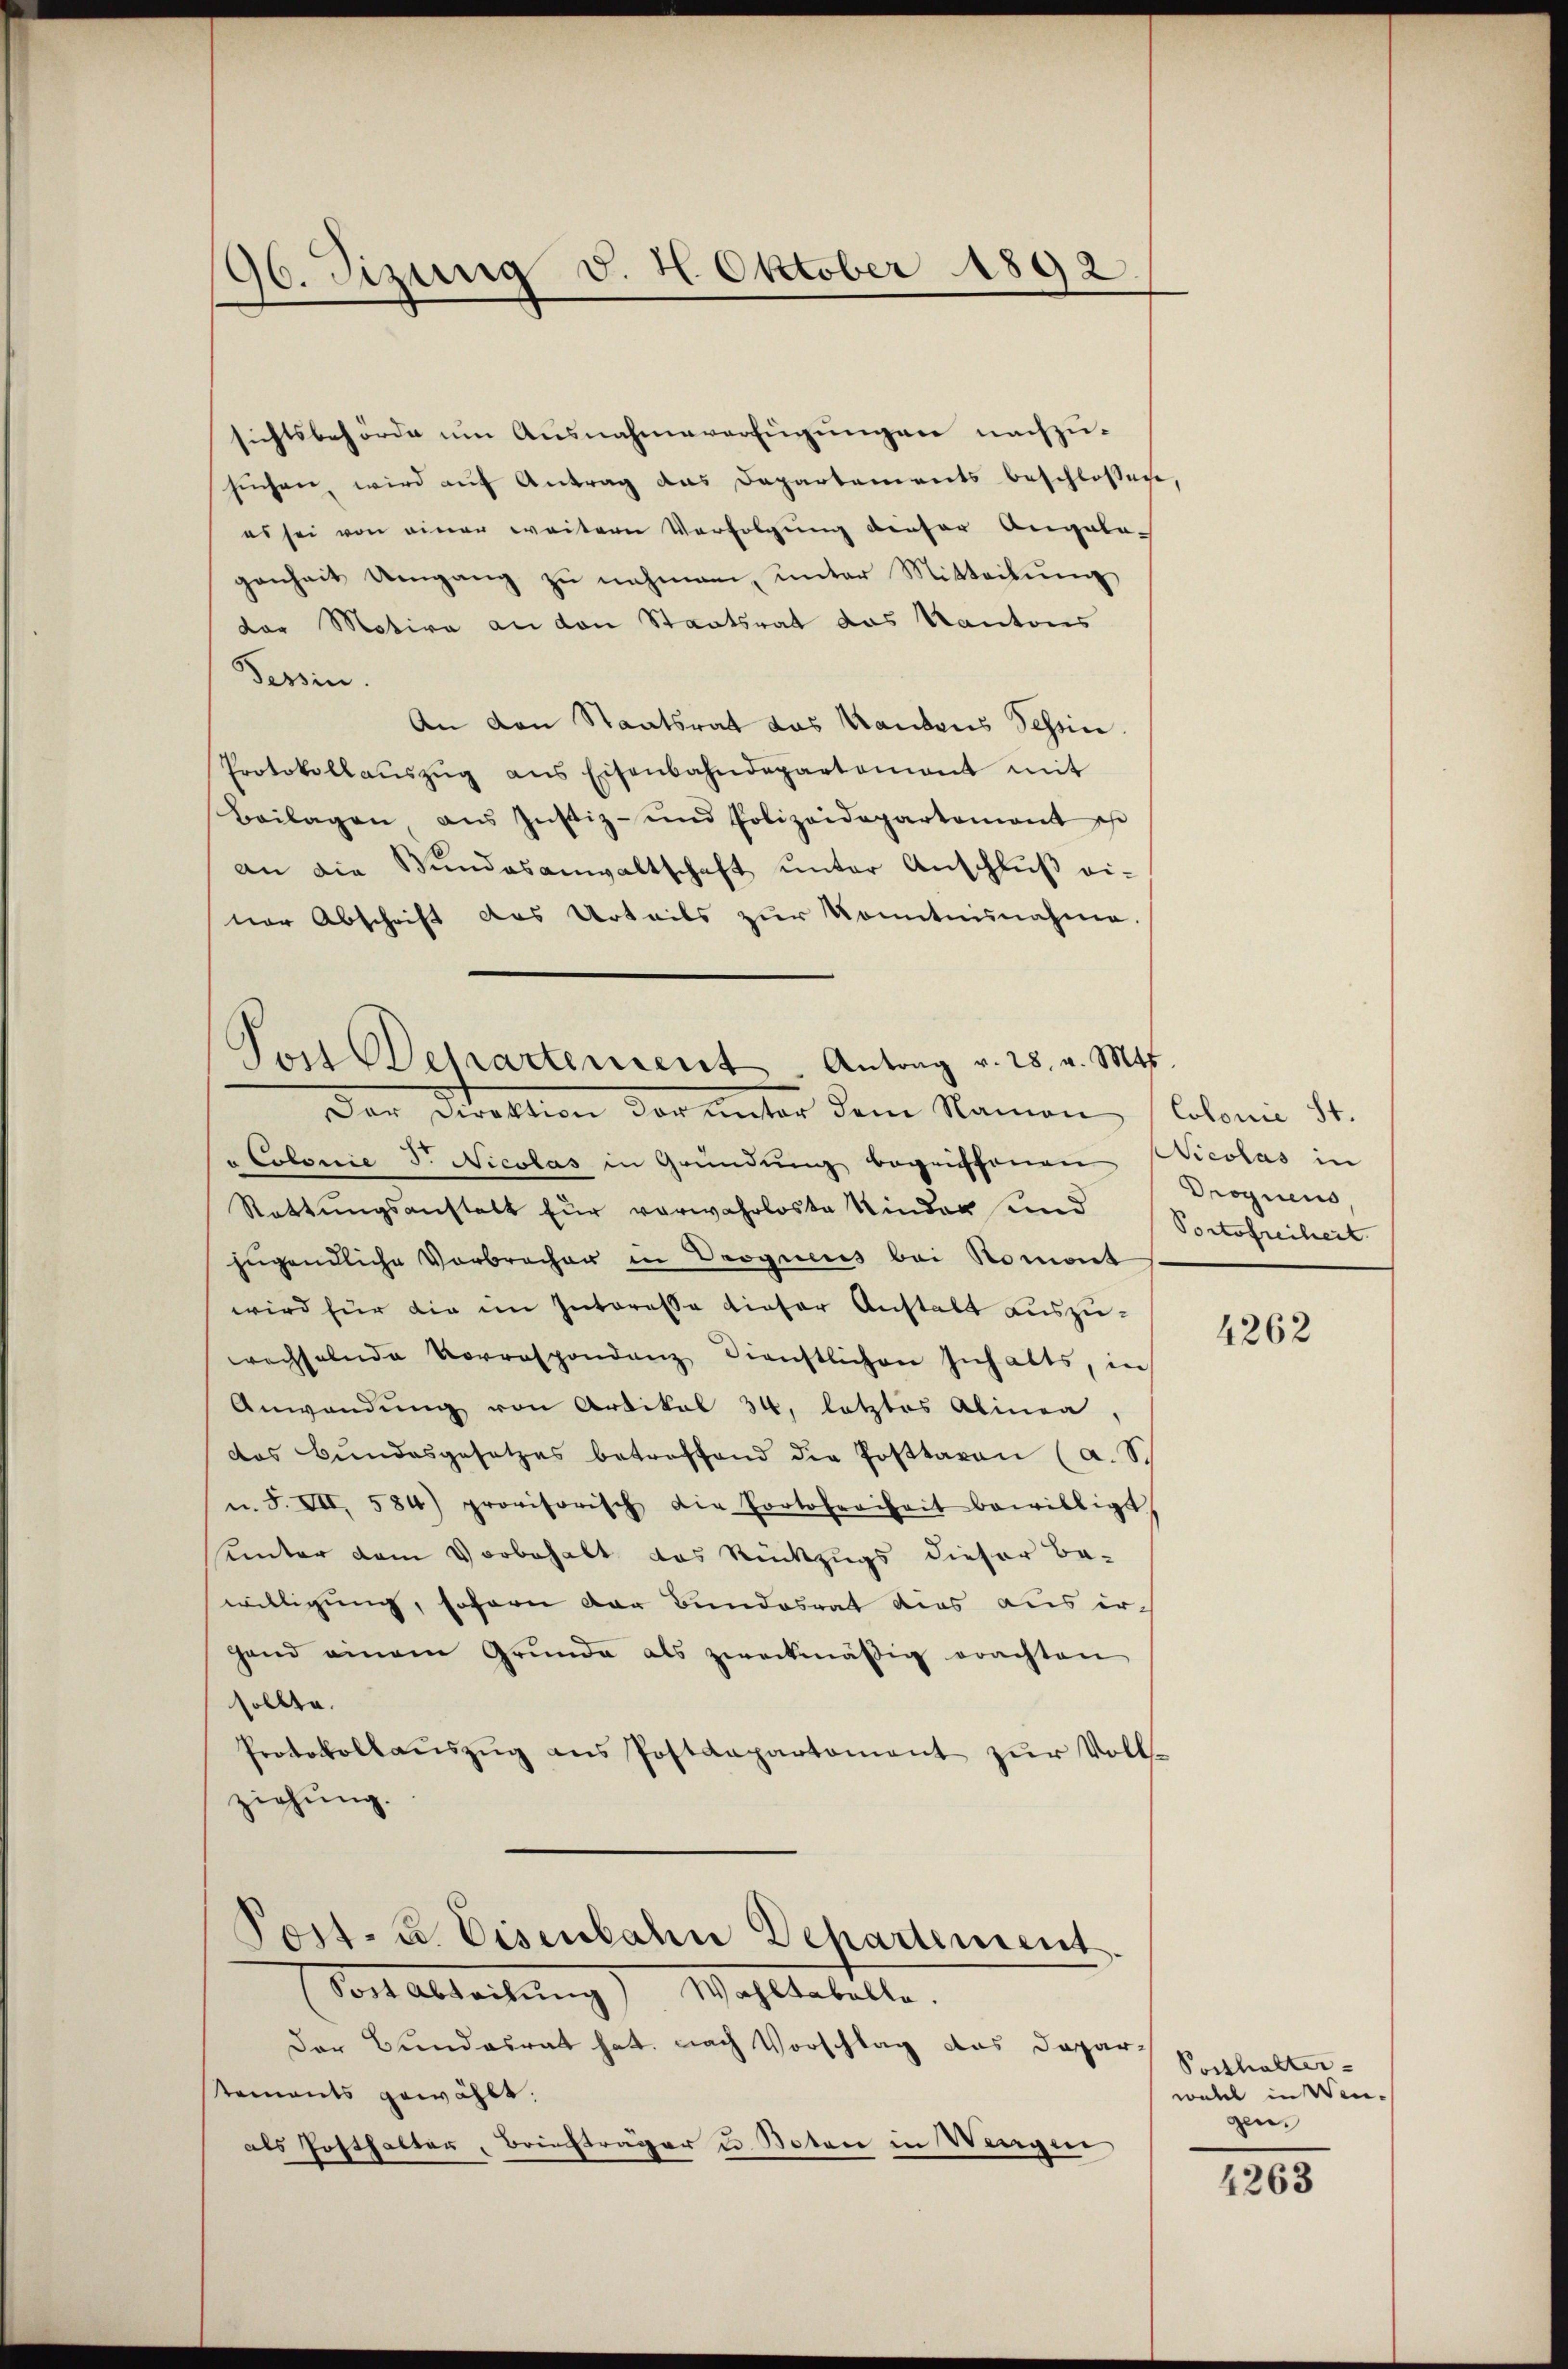
96. Tizung v. 2. Oktober 1892

sichtsbehörde um Ausnahmeverfügungen nachzusuchen, wird auf Antrag das Departements beschlossen,
es sei von einer weitern Verfolgung dieser Angela-
genheit Umgang zŭ nehmen, unter Mitteilŭng
dor Motiva an den Staatsrat das Kantons
Tessin.
An den Staatsrat das Raubens Schein.
Protokollaŭszŭg ans Eisenbahndepartement mit
Beilagen ans Justiz- und Polizeidepartement es
an die Bundesanwaltschaft unter Anschlŭβ ei-
ner Abschrift des Urteils zur Konntnisnahme.
Der Direktion der unter dem Namen Colonie ist.
"Colonie S. Nicolas in Gründung begriffenen Nicolas in
Rettŭngsanstalt für verwahrloste Kinder und Portofreilicit
jugendliche Verbrecher in Droguens bei Roment
wird für die im Interesse dieser Anstalt auszuwechselnde Vorrespondenz Dienstlichen sich alts, in
Anwendung von Artikel 34. letztes Alinea,
das Bŭndesgesetzes betreffend die Posttaren (a. Sc
u. S. VII, 584) provisorisch die Portofreiheit bewilligt
unter dem Vorbehalt das Rückzugs dieser Be-
willigung, soforn der Bundesrat dies aus ir¬
Hand einem Grunde als zweckmäßig erachten
sollte.
Protokollaŭszŭg ans Postdepartement zŭr Voll-
ziehung.
Post- u. Eisenbahn Departement.
(Sost Abteilŭng Wahltabelle.
Der Bundesrat hat, nach Vorschlag des Departements gewählt.
als Posthalter, Briefträger u. Notare in Weigen

Tor Departement. Antrag v. 28. v. Mts.

Droguens,

4262

Posthalter- |
wall in Wingen.

4263